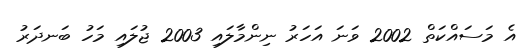
އެ މަސައްކަތް 2002 ވަނަ އަހަރު ނިންމާލައި 2003 ޖުލައި މަހު ބަނދަރު